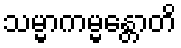
သမ္မာကမ္မန္တောတိ